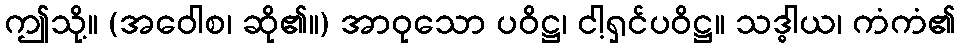
ဤသို့။ (အဝေါစ၊ ဆို၏။) အာဝုသော ပဝိဋ္ဌ၊ ငါ့ရှင်ပဝိဋ္ဌ။ သဒ္ဓါယ၊ ကံကံ၏